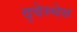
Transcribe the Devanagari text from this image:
द्वेस्चेस